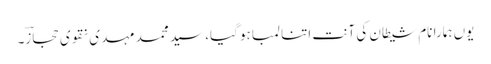
یوں ہمارا نام شیطان کی آنت اتنا لمبا ہو گیا، سید محمد مہدی نقوی حجازؔ۔